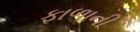
ફાળાની